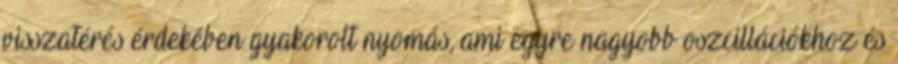
visszatérés érdekében gyakorolt nyomás, ami egyre nagyobb oszcillációkhoz és